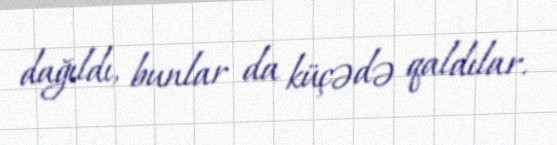
dağıldı, bunlar da küçədə qaldılar.